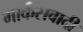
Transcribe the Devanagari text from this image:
मार्कसवादी